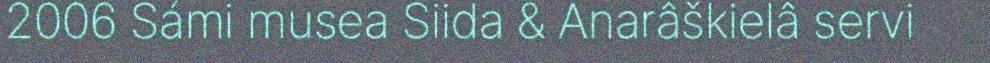
2006 Sámi musea Siida & Anarâškielâ servi